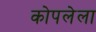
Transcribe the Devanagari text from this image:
कोपलेला